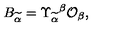
B _ { \widetilde { \alpha } } = \Upsilon _ { \widetilde { \alpha } } { } ^ { \beta } { \cal O } _ { \beta } ,